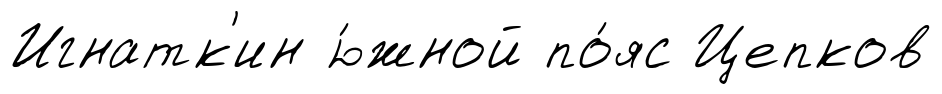
Игнатк'ин ю́жной по́яс Цепков